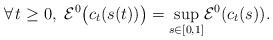
LaTeX: \begin{align*} \forall\,t\ge 0,\ \mathcal{E}^0_{}\big(c_t(s(t))\big)=\underset{s\in[0,1]}{\sup}\mathcal{E}^0_{}(c_t(s)). \end{align*}